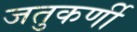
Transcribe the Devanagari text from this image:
जतुकर्णी